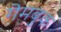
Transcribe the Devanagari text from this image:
गेमबुक